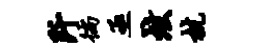
阡徜亟炫杭